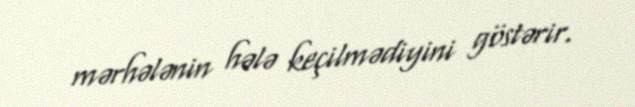
mərhələnin hələ keçilmədiyini göstərir.